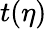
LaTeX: t(\eta)